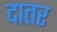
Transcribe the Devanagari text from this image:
दातर